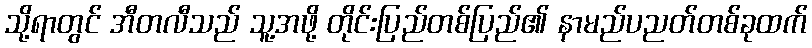
သို့ရာတွင် အီတလီသည် သူ့အဖို့ တိုင်းပြည်တစ်ပြည်၏ နာမည်ပညတ်တစ်ခုထက်